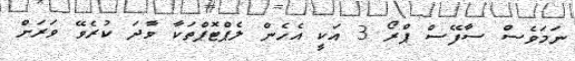
ނަމަވެސް ސާފޭސް ޕްރޯ 3 އަކީ އެހެން ލެޕްޓޮޕްތަކާ ވާދަ ކުރެވޭ ވަރަށް